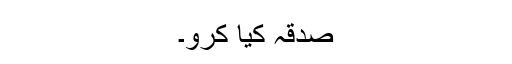
صدقہ کیا کرو۔